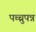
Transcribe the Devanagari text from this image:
पच्चुपन्न